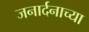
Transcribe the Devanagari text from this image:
जनार्दनाच्या